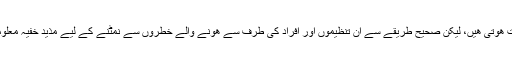
عوامی طور پر دستياب معلومات ان تنظيموں اور افراد کے پس منظر ظاهر کرنے ميں بہت مدد گار ثابت ھوتی ھيں، ليکن صحيح طريقے سے ان تنظيموں اور افراد کی طرف سے ھونے والے خطروں سے نمٹنے کے ليے مذيد خفيہ معلومات اور جانچ پڑتال کی ضروت ھوتی ھے تاکہ قومی سلامتی کے خلاف ھر خطرے سے نمٹا جا سکے۔